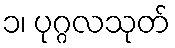
၁၊ ပုဂ္ဂလသုတ်